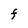
Character: F